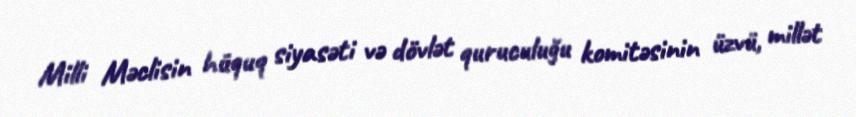
Milli Məclisin hüquq siyasəti və dövlət quruculuğu komitəsinin üzvü, millət